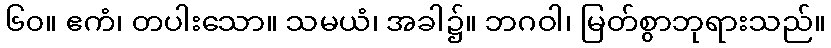
၆၀။ ဧကံ၊ တပါးသော။ သမယံ၊ အခါ၌။ ဘဂဝါ၊ မြတ်စွာဘုရားသည်။